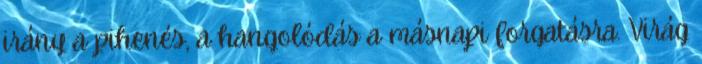
irány a pihenés, a hangolódás a másnapi forgatásra. Virág